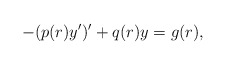
\begin{align*} -(p(r)y')'+q(r)y=g(r),\end{align*}